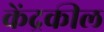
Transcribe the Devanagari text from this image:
केंद्रकील